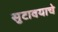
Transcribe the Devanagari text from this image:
सुटावयाचे